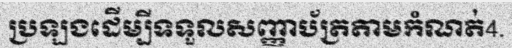
ប្រឡងដើម្បីទទួលសញ្ញាប័ត្រតាមកំណត់4.